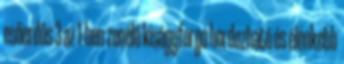
esőerdős 3 az 1-ben zenélő kiságyforgó hordozható és élénkebb